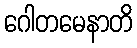
ဂေါတမေနာတိ